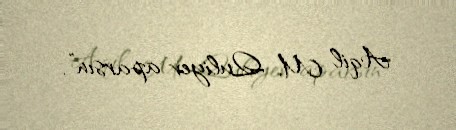
Aqil M. Quliyev aparsın”.